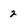
Character: 2